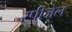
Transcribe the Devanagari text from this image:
स्पीजेल